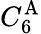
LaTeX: C_{6}^{\mathrm{A}}